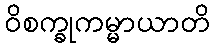
ဝိစက္ခုကမ္မာယာတိ